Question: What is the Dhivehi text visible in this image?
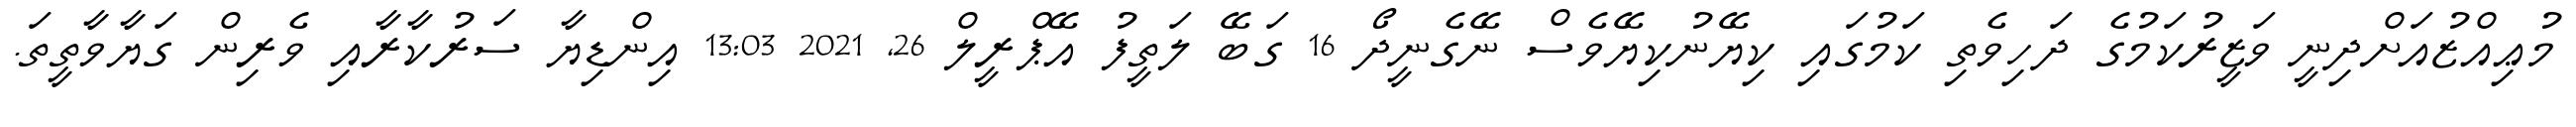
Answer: މުޢިއްޒުއަށްދިނީ ވަޒީރުކަމުގެ ދަހިވެތި ކަމުގައި ކިޔޭނުކިޔޭވެސް ނޭގެނީދޯ 16 ގަބޭ ލަތީފު އޭޕްރީލް 26, 2021 13:03 އިންޑިޔާ ސަރުކާރާއި ވެރިން ގަޔާވާތީތަ.